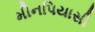
મીનપિયાસી